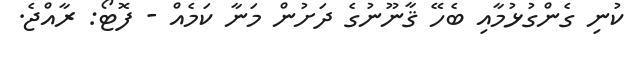
ކުނި ގެންގުޅުމާއި ބެހޭ ޤާނޫނުގެ ދަށުން މަނާ ކަމެއް - ފޮޓޯ: ރާއްޖެ.